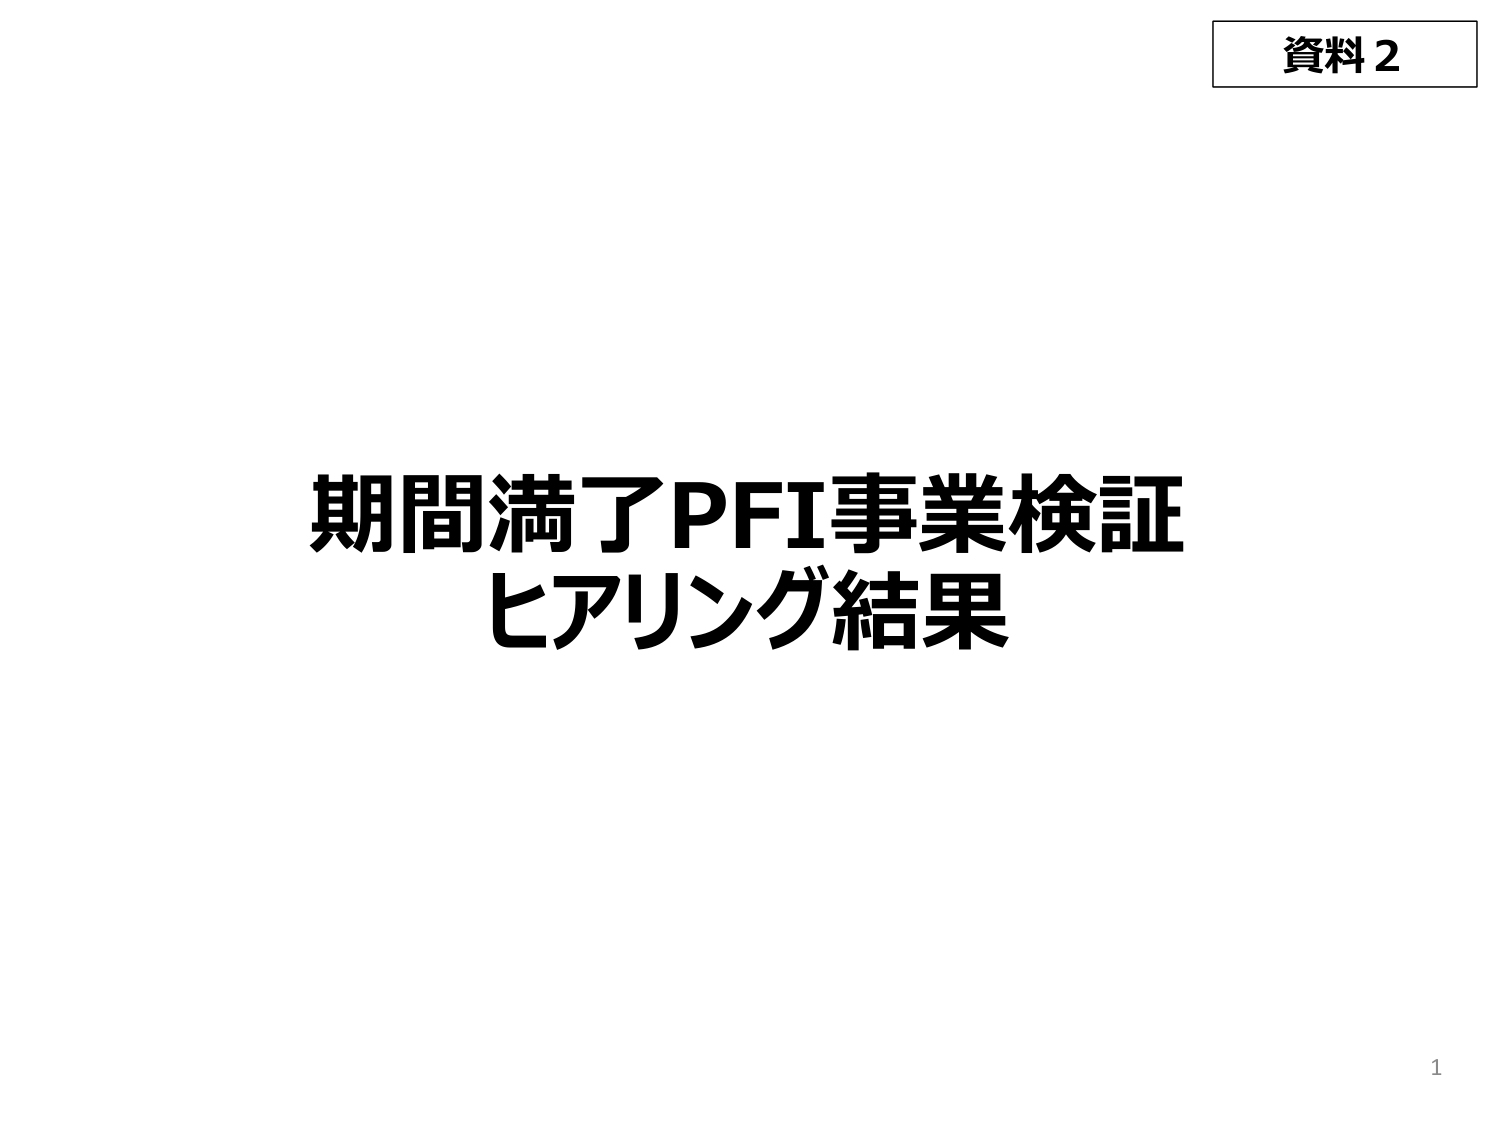
資料2
期間満了PFI事業検証
ヒアリング結果
1